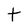
Character: t